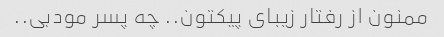
ممنون از رفتار زیبای پیکتون.. چه پسر مودبی..